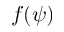
f ( \psi )